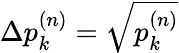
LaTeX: \Delta p_{k}^{(n)}=\sqrt{p_{k}^{(n)}}